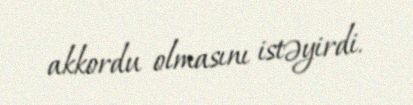
akkordu olmasını istəyirdi.